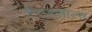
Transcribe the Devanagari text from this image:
टैटरसाल्स